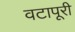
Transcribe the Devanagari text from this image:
वटापूरी